Vaccination United Provinces of Agra and Oudh 1902-1913 - 1902-1913
Year: 1902
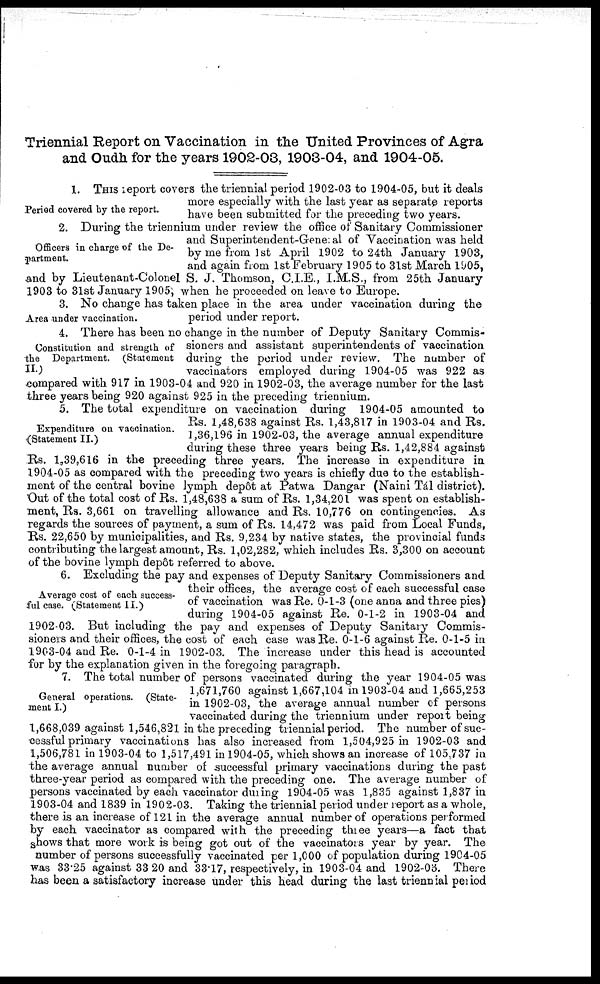
Triennial Report on Vaccination in the United Provinces of Agra
and Oudh for the years 1902-03, 1903-04, and 1904-05.
Period covered by the report.
1. THIS report covers the triennial period 1902-03 to 1904-05, but it deals
more especially with the last year as separate reports
have been submitted for the preceding two years.
Officers in charge of the De-
partment.
2. During the triennium under review the office of Sanitary Commissioner
and Superintendent-General of Vaccination was held
by me from 1st April 1902 to 24th January 1903,
and again from 1st February 1905 to 31st March 1905,
and by Lieutenant-Colonel S. J. Thomson, C.I.E., I.M.S., from 25th January
1903 to 31st January 1905, when he proceeded on leave to Europe.
Area under vaccination.
3. No change has taken place in the area under vaccination during the
period under report.
Constitution and strength of
the Department. (Statement
II.)
4. There has been no change in the number of Deputy Sanitary Commis-
sioners and assistant superintendents of vaccination
during the period under review. The number of
vaccinators employed during 1904-05 was 922 as
compared with 917 in 1903-04 and 920 in 1902-03, the average number for the last
three years being 920 against 925 in the preceding triennium.
Expenditure on vaccination.
(Statement II.)
5. The total expenditure on vaccination during 1904-05 amounted to
Rs. 1,48,638 against Rs. 1,43,817 in 1903-04 and Rs.
1,36,196 in 1902-03, the average annual expenditure
during these three years being Rs. 1,42,884 against
Rs. 1,39,616 in the preceding three years. The increase in expenditure in
1904-05 as compared with the preceding two years is chiefly due to the establish-
ment of the central bovine lymph depôt at Patwa Dangar (Naini Tál district).
Out of the total cost of Rs. 1,48,638 a sum of Rs. 1,34,201 was spent on establish-
ment, Rs. 3,661 on travelling allowance and Rs. 10,776 on contingencies. As
regards the sources of payment, a sum of Rs. 14,472 was paid from Local Funds,
Rs. 22,650 by municipalities, and Rs. 9,234 by native states, the provincial funds
contributing the largest amount, Rs. 1,02,282, which includes Rs. 3,300 on account
of the bovine lymph depôt referred to above.
Average cost of each success-
ful case. (Statement II.)
6. Excluding the pay and expenses of Deputy Sanitary Commissioners and
their offices, the average cost of each successful case
of vaccination was Re. 0-1-3 (one anna and three pies)
during 1904-05 against Re. 0-1-2 in 1903-04 and
1902-03. But including the pay and expenses of Deputy Sanitary Commis-
sioners and their offices, the cost of each case was Re. 0-1-6 against Re. 0-1-5 in
1903-04 and Re. 0-1-4 in 1902-03. The increase under this head is accounted
for by the explanation given in the foregoing paragraph.
General operations. (State-
ment I.)
7. The total number of persons vaccinated during the year 1904-05 was
1,671,760 against 1,667,104 in 1903-04 and 1,665,253
in 1902-03, the average annual number of persons
vaccinated during the triennium under report being
1,668,039 against 1,546,821 in the preceding triennial period. The number of suc-
cessful primary vaccinations has also increased from 1,504,925 in 1902-03 and
1,506,781 in 1903-04 to 1,517,491 in 1904-05, which shows an increase of 105,737 in
the average annual number of successful primary vaccinations during the past
three-year period as compared with the preceding one. The average number of
persons vaccinated by each vaccinator during 1904-05 was 1,835 against 1,837 in
1903-04 and 1839 in 1902-03. Taking the triennial period under report as a whole,
there is an increase of 121 in the average annual number of operations performed
by each vaccinator as compared with the preceding three years—a fact that
shows that more work is being got out of the vaccinators year by year. The
number of persons successfully vaccinated per 1,000 of population during 1904-05
was 33.25 against 33.20 and 33.17, respectively, in 1903-04 and 1902-03. There
has been a satisfactory increase under this head during the last triennial period